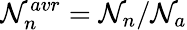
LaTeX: \mathcal{N}_{n}^{avr}=\mathcal{N}_{n}/\mathcal{N}_{a}